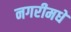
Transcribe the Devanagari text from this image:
नगरीमधे